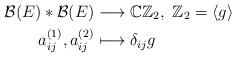
LaTeX: \begin{align*} \mathcal B(E) * \mathcal B(E) & \longrightarrow \mathbb C \mathbb Z_2, \ \mathbb Z_2 =\langle g \rangle \\a_{ij}^{(1)}, a_{ij}^{(2)} & \longmapsto \delta_{ij} g\end{align*}